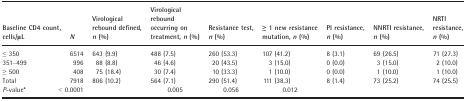
| Baseline CD4 count, cells/μL | N | Virological rebound defined, n (%) | Virological rebound occurring on treatment, n (%) | Resistance test, n (%) | ≥ 1 new resistance mutation, n (%) | PI resistance, n (%) | NNRTI resistance, n (%) | NRTI resistance, n (%) |
 | --- | --- | --- | --- | --- | --- | --- | --- | --- |
 | ≤ 350 | 6514 | 643 (9.9) | 488 (7.5) | 260 (53.3) | 107 (41.2) | 8 (3.1) | 69 (26.5) | 71 (27.3) |
 | 351–499 | 996 | 88 (8.8) | 46 (4.6) | 20 (43.5) | 3 (15.0) | 0 (0.0) | 3 (15.0) | 2 (10.0) |
 | ≥ 500 | 408 | 75 (18.4) | 30 (7.4) | 10 (33.3) | 1 (10.0) | 0 (0.0) | 1 (10.0) | 1 (10.0) |
 | Total | 7918 | 806 (10.2) | 564 (7.1) | 290 (51.4) | 111 (38.3) | 8 (1.4) | 73 (25.2) | 74 (25.5) |
 | P‐valuea | <COLSPAN=2> < 0.0001 | 0.005 | 0.056 | 0.012 |  |  |  |